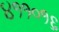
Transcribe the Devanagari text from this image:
४११०१६